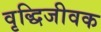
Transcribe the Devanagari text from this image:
वृद्धिजीवक